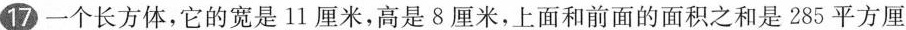
17 一个长方体，它的宽是11厘米，高是8厘米，上面和前面的面积之和是285平方厘